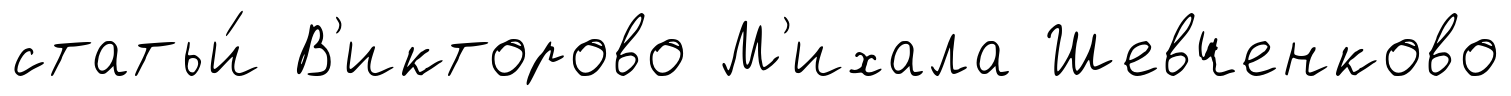
статьи́ В'икторово М'ихала Шевченково